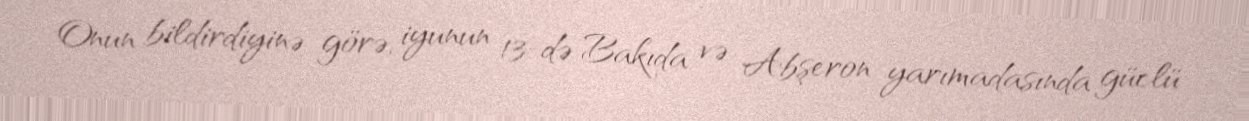
Onun bildirdiyinə görə, iyunun 13-də Bakıda və Abşeron yarımadasında güclü